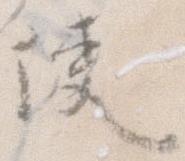
使